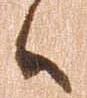
候